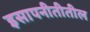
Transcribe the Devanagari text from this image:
इसापनीतीतील